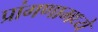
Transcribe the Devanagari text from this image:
प्रांगणामध्ये